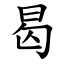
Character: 曷